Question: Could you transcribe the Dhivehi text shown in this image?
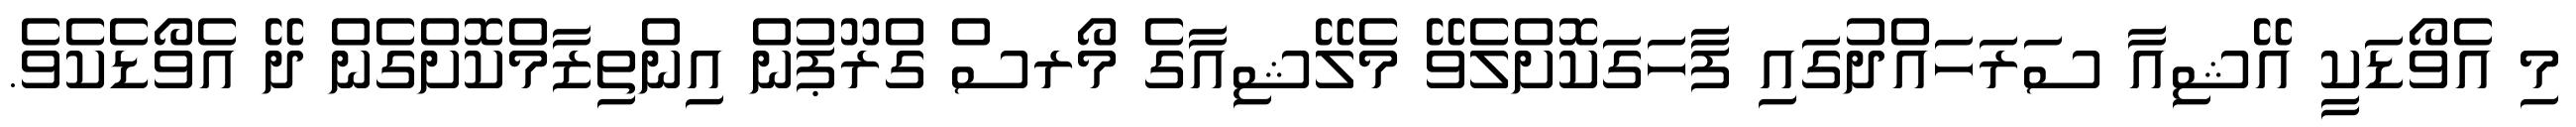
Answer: މި އެވޯޑަކީ އޭޝިއާ ސަރަހައްދުގައި ފާހަގަކޮށްލެވޭ މެލޭޝިއާގެ މޯރސް ގްރޫޕުން އިންތިޒާމްކޮށްގެން ދޭ އެވޯޑެކެވެ.